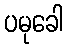
ပမုခေါ